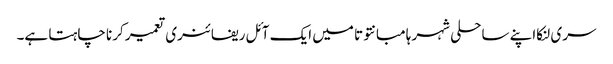
سری لنکااپنے ساحلی شہر ہامبانتوتا میں ایک آئل ریفائنری تعمیر کرنا چاہتا ہے۔